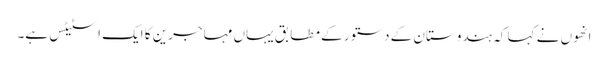
انھوں نے کہا کہ ہندوستان کے دستور کے مطابق یہاں مہاجرین کا ایک اسٹیٹس ہے۔